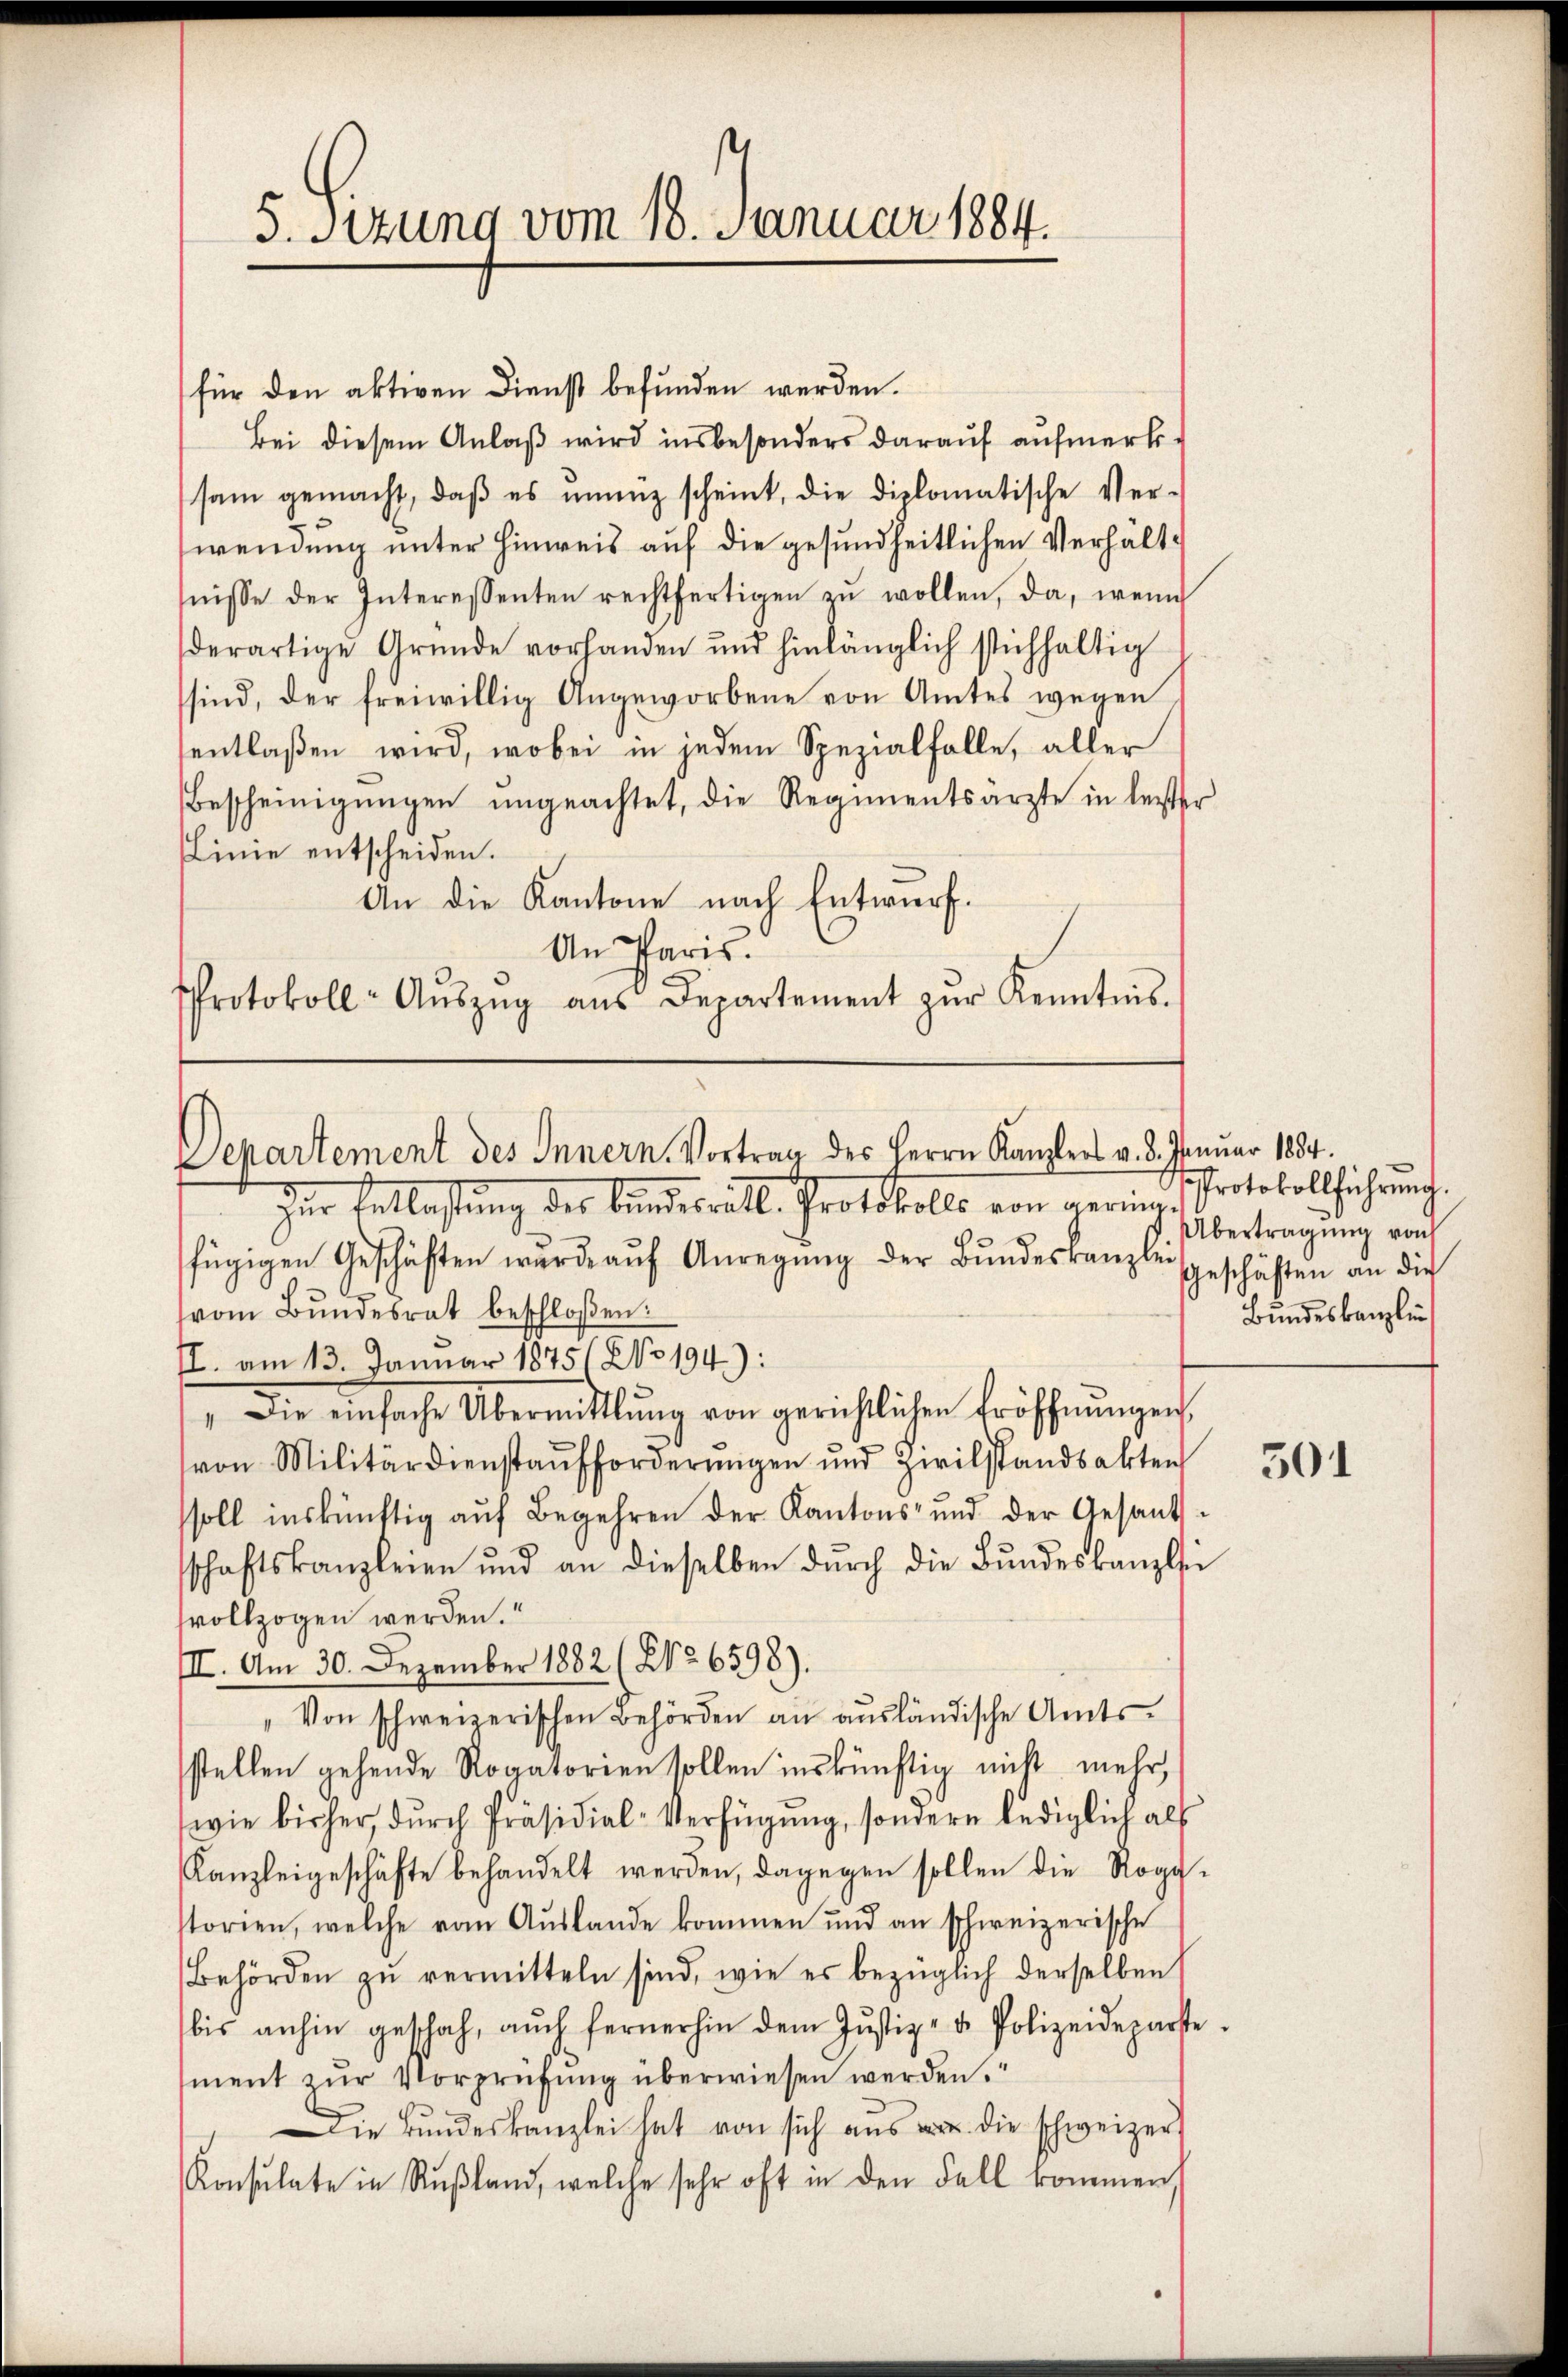
5. Sitzung vom 18. Januar 1884.

für den aktiven Dienst befunden werden.
Bei diesem Anlaß wird insbesonders darauf aufmerksam gemacht, daβ es unenz scheint, die diplomatische Ver-
wendung unter Hinweis auf die gesundheitlichen Verhältfnisse der Interessenten rechtfertigen zŭ wollen, da, wenn
derartige Gründe vorhanden und hinlänglich stichhaltig
sind, der freiwillig Angeworbene von Amtes wegen
entlaßen wird, wobei in jedem Spezialfalle, aller
Bescheinigŭngen ungeachtet, die Regimentsärzte in leister
Linie entscheiden.
An die Kantone nach Entwurf.
An Paris.
Protokoll-Aŭszŭg ans Departement zŭr Kenntnis.

Departement des Innern. Vortrag des Herrn Kanzlers v. 8. Januar 1884.

Der Entlaßung des Bundesrätl. Protokolls von gerinfügigen Geschäften wurde aŭf Anregŭng der Bŭndeskanzlei geschäften an die
(vom Bundesrat beschloßen:
II. am 13. Januar 18751 No 194.):
 Die einfache Übermittlung von gerichtlichen Eröffnŭngen,
von Militärdienstaŭfforderŭngen und Zivilstandsakten
ssoll inskünftig auf Begehren der Kantons- und der Gesants-
schaftskanzleien und an dieselben dŭrch die Bŭndeskanzlei
vollzogen werden.“
II. Am 30. Dezember 1882 (NNo. 6598).
"Von schweizerischen Behörden an ausländische Amtsstellen gehende Rogatorien sollen inskünftig nicht mehr,
wie bisher, durch Präsidial-Verfügung, sondern lediglich als
Kanzleigeschäfte behandelt werden, dagegen sollen die Rogg-
storien, welche vom Aŭslande kommen und an schweizerische
Behörden zŭ vermitteln sind, wie es bezüglich derselben
bis anhin geschah, auch fernerhin dem Jŭstiz- u. Polizeideparste
ment zur Vorprüfung überwiesen werden.
Die Bŭndeskanzlei hat von sich aŭs u die schweizer
Konsulate in Rußland, welche sehr oft in den Fall kommen,

Protokollführung.
Übertragung von
Bundeskanzlin

501